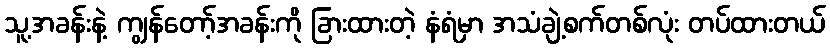
သူ့အခန်းနဲ့ ကျွန်တော့်အခန်းကို ခြားထားတဲ့ နံရံမှာ အသံချဲ့စက်တစ်လုံး တပ်ထားတယ်